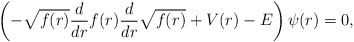
\begin{align*} \left(- \sqrt{f(r)} \frac{d}{dr} f(r) \frac{d}{dr} \sqrt{f(r)} + V(r) - E\right) \psi(r)=0, \end{align*}